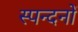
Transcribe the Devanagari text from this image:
स्पन्दनों